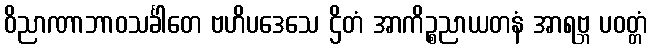
ဝိညာဏာဘာဝသင်္ခါတေ ဗဟိပဒေသေ ဌိတံ အာကိဉ္စညာယတနံ အာရဗ္ဘ ပဝတ္တံ